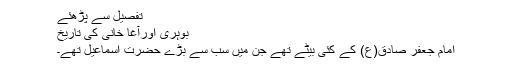
تفصیل سے پڑھئے
بوہری اورآغا خانی کی تاریخ
امام جعفر صادق(ع) کے کئی بیٹے تھے جن میں سب سے بڑے حضرت اسماعیل تھے۔